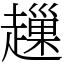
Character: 䟁